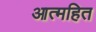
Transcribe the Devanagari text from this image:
आत्महित